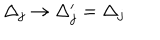
\Delta _ { j } \rightarrow \Delta _ { j } ^ { \prime } = \Delta _ { j }